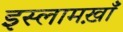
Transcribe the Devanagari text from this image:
इस्लामख़ाँ